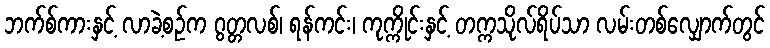
ဘက်စ်ကားနှင့် လာခဲ့စဉ်က ဂွတ္တလစ်၊ ရန်ကင်း၊ ကုက္ကိုင်းနှင့် တက္ကသိုလ်ရိပ်သာ လမ်းတစ်လျှောက်တွင်